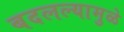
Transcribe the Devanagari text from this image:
बदलल्यामुळे